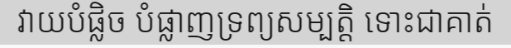
វាយបំផ្លិច បំផ្លាញទ្រព្យសម្បត្តិ ទោះជាគាត់